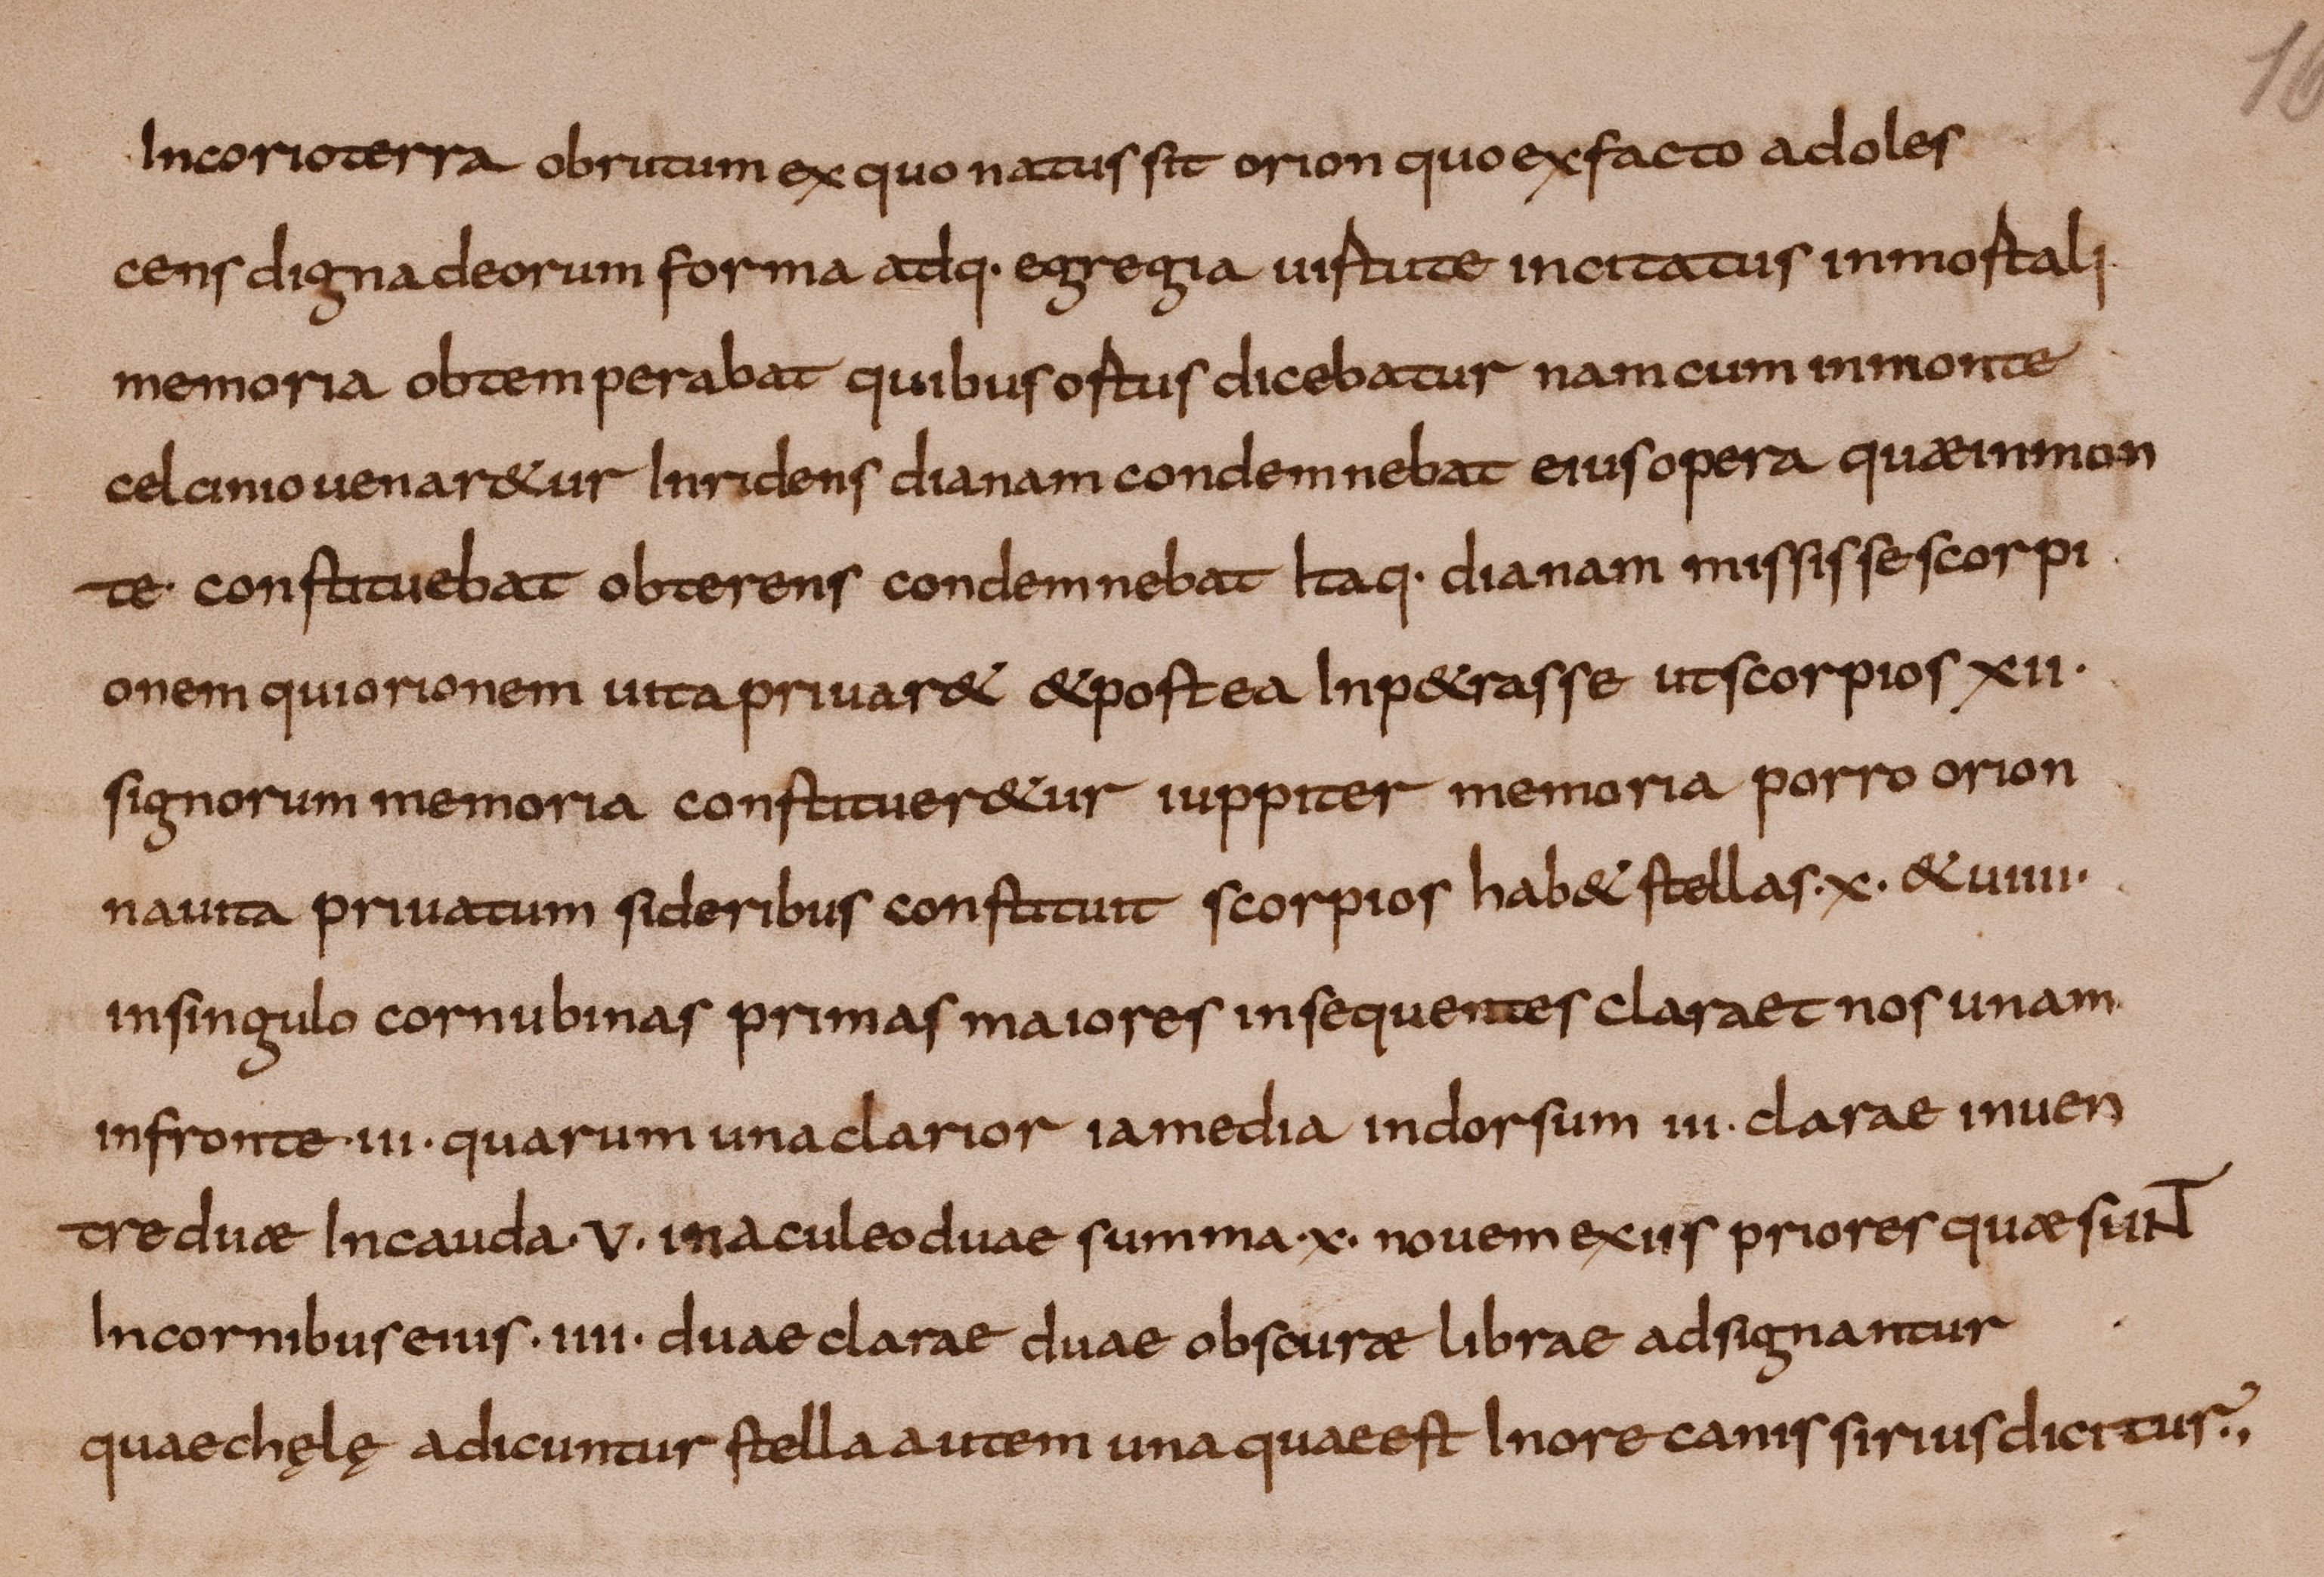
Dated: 800–849